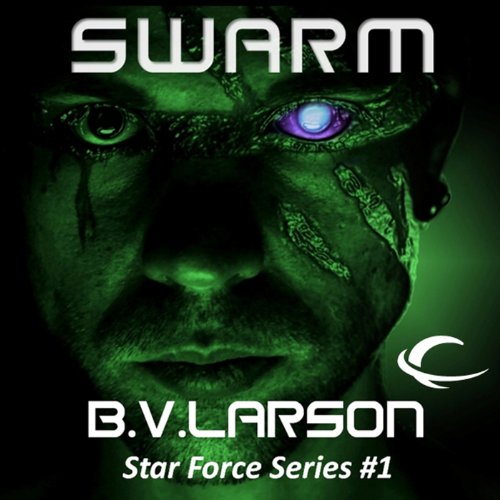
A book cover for Swarm: Star Force, Book 1; B. V. Larson; Mystery, Thriller & Suspense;